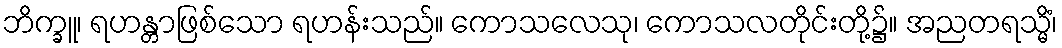
ဘိက္ခူ၊ ရဟန္တာဖြစ်သော ရဟန်းသည်။ ကောသလေသု၊ ကောသလတိုင်းတို့၌။ အညတရသ္မိံ၊